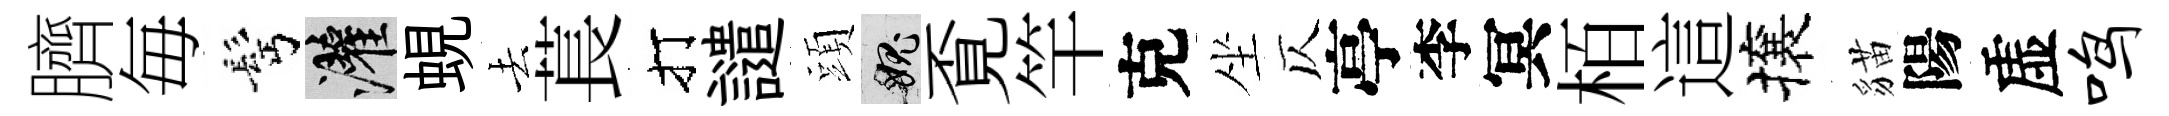
臍毎髩灌蜆去萇打譴頭愧覔竿克坐仄亭李冥栢這攘貓陽虚鸣